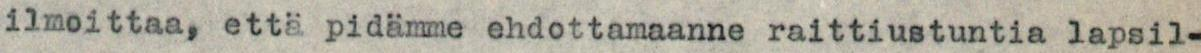
ilmoittaa, että pidämme ehdottamaanne raittiustuntia lapsil-